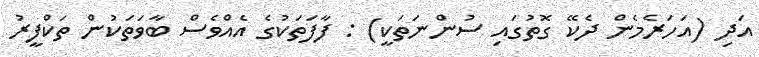
އަދި (އަހަރެމެން ދެކޭ ގޮތުގައި ސުންނަތަކީ) : ފާފަތަކުގެ އެއްވެސް ބާވަތަކުން ތަކްފީރު